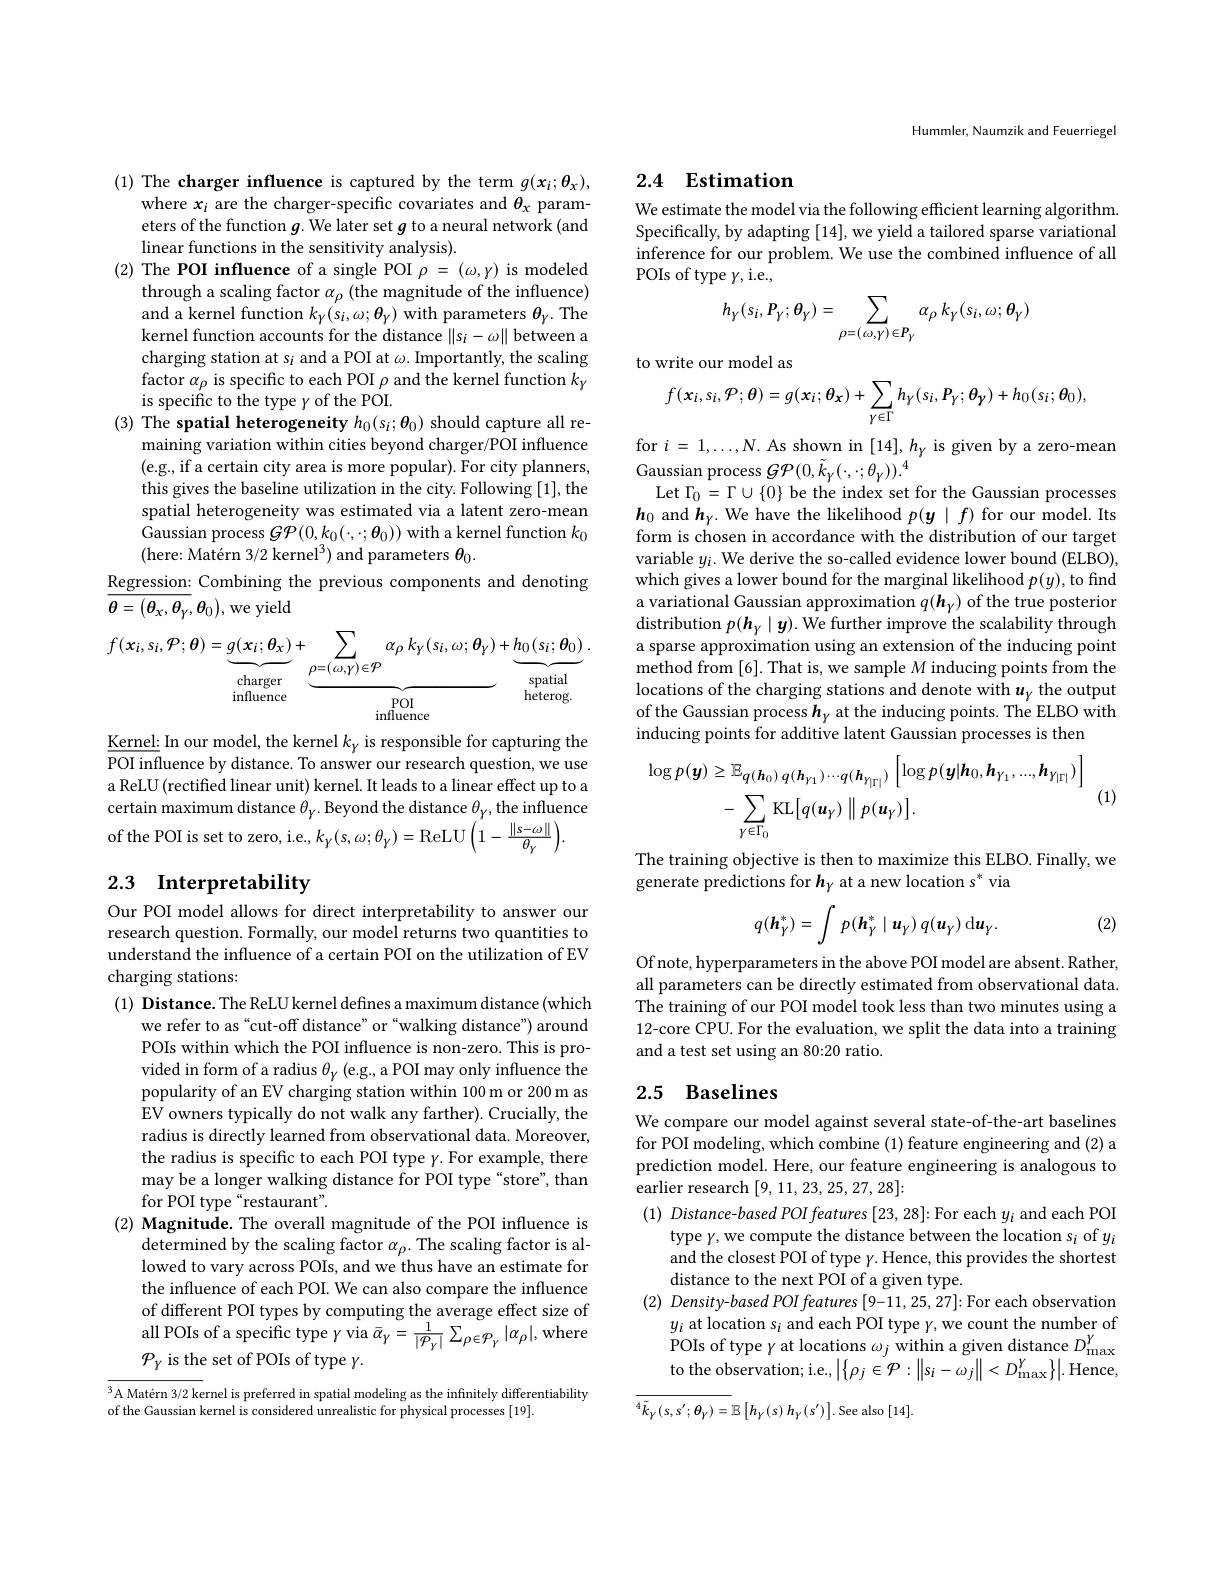
(1) The charger influence is captured by the term $g(x_i;\theta_x)$,
where $x_i$ are the charger-specific covariates and $\theta_x$ parameters of the function $g.$ We later set $g$ to a neural network (and linear functions in the sensitivity analysis).
(2) The POI influence of a single POI $\rho=(\omega,\gamma)$ is modeled
through a scaling factor $\alpha_\rho$ (the magnitude of the influence) and a kernel function $k_{\gamma}(s_{i},\omega;\theta_{\gamma})$ with parameters $\theta_{\gamma}.$ The kernel function accounts for the distance $\|s_i-\omega\|$ between a charging station at s$_i$ and a POI at $\omega.$ Importantly, the scaling factor $\alpha_\rho$ is specific to each POI $\rho$ and the kernel function $k_\gamma$ is specific to the type $y$ of the POI.
(3) The spatial heterogeneity $h_0(s_i;\theta_0)$ should capture all re-
maining variation within cities beyond charger/POI influence (e.g., if a certain city area is more popular). For city planners, this gives the baseline utilization in the city. Following [1], the spatial heterogeneity was estimated via a latent zero-mean Gaussian process $G\mathcal{P}(0,k_0(\cdot,\cdot;\boldsymbol{\theta}_0))$ with a kernel function $k_0$ (here: Matérn 3/2 kernel$^3)$ and parameters $\theta_0.$
Regression: Combining the previous components and denoting

# ${\overline{\theta=(\theta_{x},\theta_{\gamma},\theta_{0}),\mathrm{we~yield}}}$
$$f(x_{i},s_{i},\mathcal{P};\boldsymbol{\theta})=\underbrace{g(x_{i};\boldsymbol{\theta}_{x})}_{\mathrm{influence}}+\underbrace{\sum_{\rho=(\omega,\gamma)\in\mathcal{P}}\alpha_{\rho}\:k_{\gamma}(s_{i},\omega;\boldsymbol{\theta}_{\gamma})}_{\mathrm{influence}}+\underbrace{h_{0}(s_{i};\boldsymbol{\theta}_{0})}_{\mathrm{spatial}}.$$
$\underline{\text{Kernel: In our model, the kernel }k_{y}}$ is responsible for capturing the POI influence by distance. To answer our research question, we use a ReLU (rectified linear unit) kernel. It leads to a linear effect up to a certain maximum distance $\theta_\gamma.$ Beyond the distance $\theta_\gamma$, the influence of the POI is set to zero, i.e., $k_{\gamma}(s,\omega;\theta_{\gamma})=$ReLU$\left(1-\frac{\|s-\omega\|}{\theta_{\gamma}}\right).$

# 2.3 Interpretability

Our POI model allows for direct interpretability to answer our research question. Formally, our model returns two quantities to understand the influence of a certain POI on the utilization of EV charging stations:
(1) Distance. The ReLU kernel defines a maximum distance(which
we refer to as“cut-off distance”or“walking distance") around POIs within which the POI influence is non-zero. This is provided in form of a radius $\theta_{\gamma}$ (e.g., a POI may only influence the popularity of an EV charging station within 100 m or 200 m as EV owners typically do not walk any farther). Crucially, the radius is directly learned from observational data. Moreover, the radius is specific to each POI type $\gamma.$ For example, there may be a longer walking distance for POI type “store”, than for POI type“restaurant”.
$( 2) \textbf{ Magnitude. The overall magnitude of the POI influence is}$
determined by the scaling factor $\alpha_\rho.$ The scaling factor is allowed to vary across POIs, and we'thus have an estimate for the influence of each POI. We can also compare the influence of different POI types by computing the average effect size of $\begin{array}{c}{\mathrm{all~POIs~of~a~specific~type~}\gamma\mathrm{~via~}\bar{\alpha}_{\gamma}=\frac{1}{|\mathcal{P}_{\gamma}|}\sum_{\rho\in\mathcal{P}_{\gamma}}|\alpha_{\rho}|,\mathrm{where}}\\{\mathrm{all~POIs~of~a~specific~type~}\gamma\mathrm{~via~}\bar{\alpha}_{\gamma}=\frac{1}{|\mathcal{P}_{\gamma}|}\sum_{\rho\in\mathcal{P}_{\gamma}}|\alpha_{\rho}|,\mathrm{where}}\end{array}$ $\mathcal{P}_Y$ is the set of POIs of type $\gamma.$

$^3$A Matérn 3/2 kernel is preferred in spatial modeling as the infinitely differentiability
of the Gaussian kernel is considered unrealistic for physical processes [19].

Hummler, Naumzik and Feuerriegel

## 2.4 Estimation

We estimate the model via the following efficient learning algorithm. Specifically, by adapting [14], we yield a tailored sparse variational inference for our problem. We use the combined influence of all POIs of type $\gamma$,i.e.,
$$h_{\gamma}(s_{i},P_{\gamma};\theta_{\gamma})=\sum_{\rho=(\omega,\gamma)\in P_{\gamma}}\alpha_{\rho}\:k_{\gamma}(s_{i},\omega;\theta_{\gamma})$$
to write our model as
$$f(x_{i},s_{i},\mathcal{P};\boldsymbol{\theta})=g(\boldsymbol{x}_{i};\boldsymbol{\theta}_{\boldsymbol{x}})+\sum_{\gamma\in\Gamma}h_{\gamma}(s_{i},\boldsymbol{P}_{\gamma};\boldsymbol{\theta}_{\boldsymbol{\gamma}})+h_{0}(s_{i};\boldsymbol{\theta}_{0}),$$
for $i=1,\ldots,N.$ As shown in $[14],h_{\gamma}$ is given by a zero-mean
Gaussian process $G{\mathcal P}(0,\tilde{k}_{Y}(\cdot,\cdot;\theta_{Y})).^4$
Let $\Gamma_0=\Gamma\cup\{0\}$ be the index set for the Gaussian processes $\boldsymbol{h}_{0}$ and $\boldsymbol{h}_{\gamma}.$ We have the likelihood $p(\boldsymbol{y}\mid f)$ for our model. Its form is chosen in accordance with the distribution of our target variable $y_i.$ We derive the so-called evidence lower bound (ELBO), which gives a lower bound for the marginal likelihood $p(y)$, to find a variational Gaussian approximation $q(\boldsymbol{h}_\gamma)$ of the true posterior distribution $p(\boldsymbol{h}_Y\mid\boldsymbol{y}).$ We further improve the scalability through a sparse approximation using an extension of the inducing point method from [6]. That is, we sample $M$ inducing points from the locations of the charging stations and denote with $u_\gamma$ the output of the Gaussian process $h_{\gamma}$ at the inducing points. The ELBO with inducing points for additive latent Gaussian processes is then
$$\begin{aligned}\log p(\boldsymbol{y})&\geq\mathbb{E}_{q(\boldsymbol{h}_{0})\:q(\boldsymbol{h}_{\gamma_{1}})\cdots q(\boldsymbol{h}_{\gamma_{|\Gamma|}})}\left[\log p(\boldsymbol{y}|\boldsymbol{h}_{0},\boldsymbol{h}_{\gamma_{1}},...,\boldsymbol{h}_{\gamma_{|\Gamma|}})\right]\\&-\sum_{\gamma\in\Gamma_{0}}\mathrm{KL}\big[q(\boldsymbol{u}_{\gamma})\parallel p(\boldsymbol{u}_{\gamma})\big].\end{aligned}$$
The training objective is then to maximize this ELBO. Finally, we
generate predictions for $h_\mathrm{\gamma}$ at a new location s * via
$$q(\boldsymbol{h}_{\gamma}^{*})=\int\:p(\boldsymbol{h}_{\gamma}^{*}\mid\boldsymbol{u}_{\gamma})\:q(\boldsymbol{u}_{\gamma})\:\mathrm{d}\boldsymbol{u}_{\gamma}.$$
(2)

Of note, hyperparameters in the above POI model are absent. Rather, all parameters can be directly estimated from observational data. The training of our POI model took less than two minutes using a 12-core CPU. For the evaluation, we split the data into a training and a test set using an 80:20 ratio.

## 2.5 Baselines

We compare our model against several state-of-the-art baselines for POI modeling, which combine (1) feature engineering and (2) a prediction model. Here, our feature engineering is analogous to earlier research [9,11,23,25,27,28]:
$( 1) \textit{ Distance- based POI features }[ 23, 28] :$For each $y_i$ and each POI
type $\gamma$,we compute the distance between the location $s_i$ of $y_i$ and the closest POI of type $\gamma.$ Hence, this provides the shortest distance to the next POI of a given type.
(2) Density-based POI features [9-11,25,27]: For each observation
$\begin{array}{l}y_{i}\text{ at location s}_{i}\text{ and each POI type }\gamma,\text{we count the number of}\\{\mathrm{POIs~of~type~}\gamma\text{ at locations }\omega_{j}\text{ within a given distance }D_{\max}^{Y}}\\{\mathrm{POIs~of~type~}\gamma\text{ at locations }\omega_{j}\text{ within a given distance }D_{\max}^{Y}}\end{array}$ to the observation; i.e., $\left|\left\{\rho_{j}\in\mathcal{P}:\left\|s_{i}-\omega_{j}\right\|<D_{\max}^{Y}\right\}\right|.$Hence,

$\overline {{^4\tilde{k} _{Y}( s, s^{\prime }; \theta _{Y}) = }}\mathbb{E} \left [ h_{Y}( s) \:h_{Y}( s^{\prime }) \right ] .$See also$\left[14\right].$